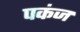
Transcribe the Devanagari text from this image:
पकंज